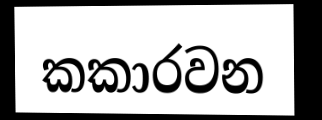
කකාරවන